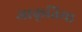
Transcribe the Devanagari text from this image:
आकृतिया